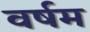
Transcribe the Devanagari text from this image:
वर्षम